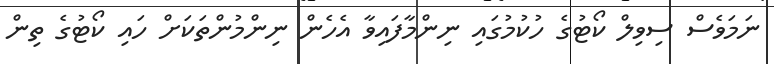
ނަމަވެސް ސިވިލް ކޯޓުގެ ހުކުމުގައި ނިންމާފައިވާ އެހެން ނިންމުންތަކަށް ހައި ކޯޓުގެ ތިން